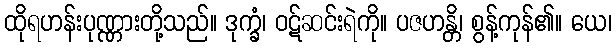
ထိုရဟန်းပုဏ္ဏားတို့သည်။ ဒုက္ခံ၊ ဝဋ်ဆင်းရဲကို။ ပဇဟန္တိ၊ စွန့်ကုန်၏။ ယေ၊